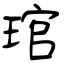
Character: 琯